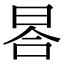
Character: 𣆗